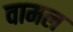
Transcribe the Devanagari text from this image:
वामल